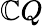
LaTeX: \mathbb{C}Q